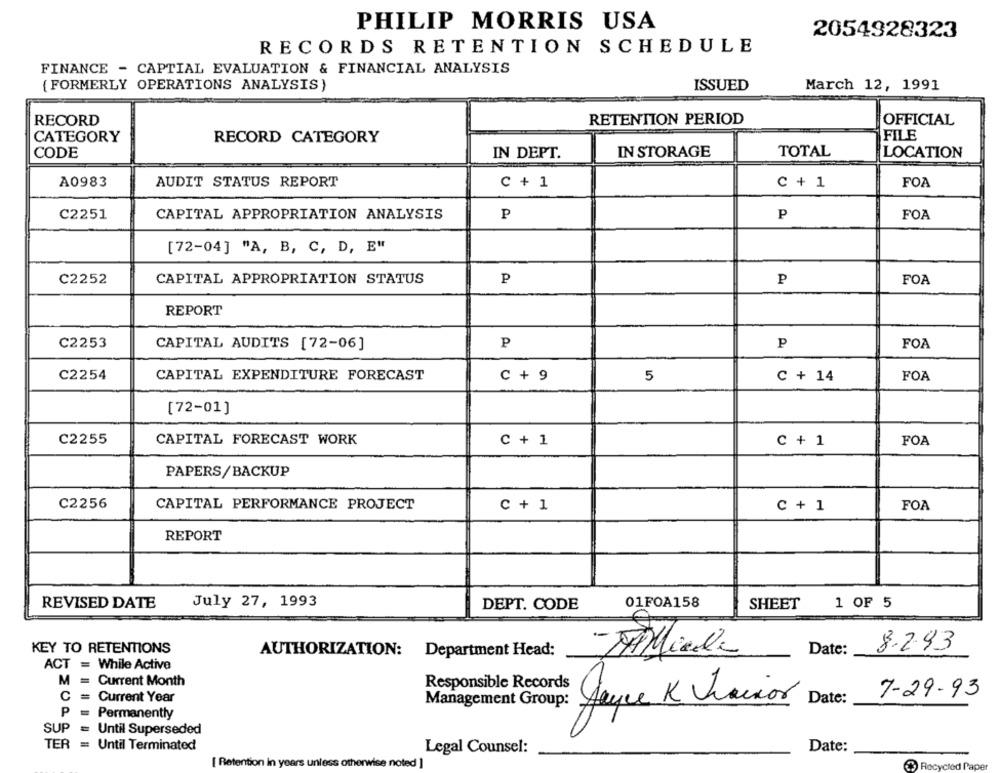
PHILIP MORRIS USA
2054928323
RECORDS RETENTION SCHEDULE
FINANCE - CAPTIAL EVALUATION & FINANCIAL ANALYSIS
March 12, 1991
( FORMERLY OPERATIONS ANALYSIS)
ISSUED
RECORD
RETENTION PERIOD
OFFICIAL
CATEGORY
RECORD CATEGORY
FILE
CODE
IN DEPT.
IN STORAGE
TOTAL
LOCATION
A0983
AUDIT STATUS REPORT
C + 1
C + 1
FOA
C2251
CAPITAL APPROPRIATION ANALYSIS
P
P
FOA
[72-04] "A, B, C, D, E"
CAPITAL APPROPRIATION STATUS
C2252
P
P
FOA
REPORT
C2253
CAPITAL AUDITS [72-06]
P
P
FOA
C2254
CAPITAL EXPENDITURE FORECAST
C + 9
5
C + 14
FOA
[72-01]
C2255
CAPITAL FORECAST WORK
C + 1
C + 1
FOA
PAPERS/BACKUP
C2256
CAPITAL PERFORMANCE PROJECT
C + 1
C + 1
FOA
REPORT
REVISED DATE
July 27, 1993
01FOA158
DEPT. CODE
SHEET
1 OF 5
KEY TO RETENTIONS
Date:
8.293
AUTHORIZATION:
Department Head:
-Miede
ACT = While Active
M = Current Month
Responsible Records
C
7-29-93
Current Year
Management Group:
Joyce K Vincior
Date:
P
= Permanently
SUP = Until Superseded
TER = Until Terminated
Legal Counsel:
Date:
[ Retention in years unless otherwise noted ]
Recycled Paper